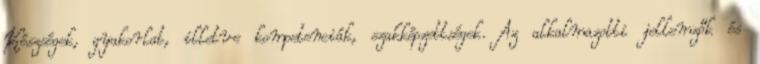
Készségek, gyakorlat, illetve kompetenciák, szakképzettségek. Az alkalmazotti jellemzők és